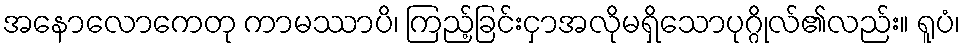
အနောလောကေတု ကာမဿာပိ၊ ကြည့်ခြင်းငှာအလိုမရှိသောပုဂ္ဂိုလ်၏လည်း။ ရူပံ၊